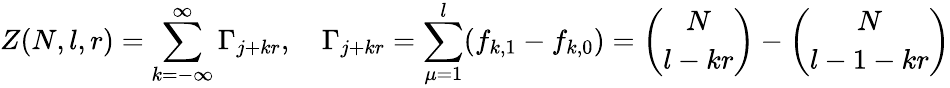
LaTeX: Z(N,l,r)=\sum_{k=-\infty}^{\infty}\Gamma_{j+kr},\quad\Gamma_{j+kr}=\sum_{\mu=1}^{l}(f_{k,1}-f_{k,0})={\binom{N}{l-kr}}-{\binom{N}{l-1-kr}}